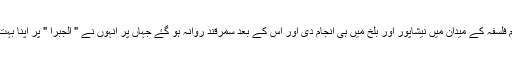
خیام نے اپنی ابتدائی تعلیم فلسفہ کے میدان میں نیشاپور اور بلخ میں ہی انجام دی اور اس کے بعد سمرقند روانہ ہو گۓ جہاں پر انہوں نے " الجبرا " پر اپنا بہت ہی اہم رسالہ مکمل کیا ۔